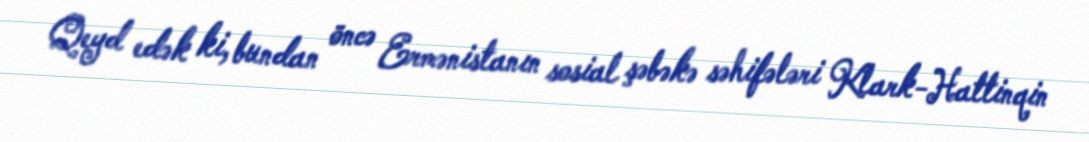
Qeyd edək ki, bundan öncə Ermənistanın sosial şəbəkə səhifələri Klark-Hattinqin